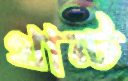
থান্ট